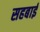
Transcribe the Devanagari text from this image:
सहबाई